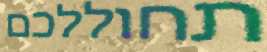
תחוללכם